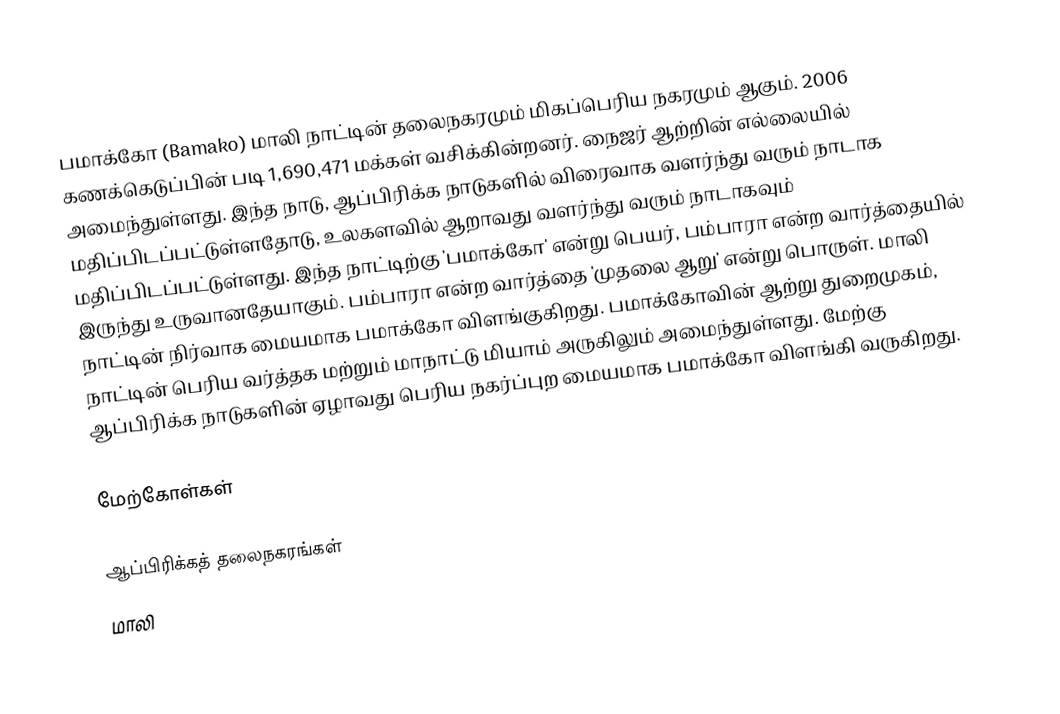
பமாக்கோ (Bamako) மாலி நாட்டின் தலைநகரமும் மிகப்பெரிய நகரமும் ஆகும். 2006 கணக்கெடுப்பின் படி 1,690,471 மக்கள் வசிக்கின்றனர். நைஜர் ஆற்றின் எல்லையில் அமைந்துள்ளது. இந்த நாடு, ஆப்பிரிக்க நாடுகளில் விரைவாக வளர்ந்து வரும் நாடாக மதிப்பிடப்பட்டுள்ளதோடு, உலகளவில் ஆறாவது வளர்ந்து வரும் நாடாகவும் மதிப்பிடப்பட்டுள்ளது. இந்த நாட்டிற்கு 'பமாக்கோ' என்று பெயர்,  பம்பாரா என்ற வார்த்தையில் இருந்து உருவானதேயாகும். பம்பாரா என்ற வார்த்தை 'முதலை ஆறு' என்று பொருள். மாலி நாட்டின் நிர்வாக மையமாக பமாக்கோ விளங்குகிறது. பமாக்கோவின் ஆற்று துறைமுகம், நாட்டின் பெரிய வர்த்தக மற்றும் மாநாட்டு மியாம் அருகிலும் அமைந்துள்ளது. மேற்கு ஆப்பிரிக்க நாடுகளின் ஏழாவது பெரிய நகர்ப்புற மையமாக பமாக்கோ விளங்கி வருகிறது.

மேற்கோள்கள்

ஆப்பிரிக்கத் தலைநகரங்கள்
மாலி